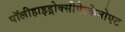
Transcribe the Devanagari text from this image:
पॉलीहाइड्रोक्सीऐल्केनोएट